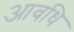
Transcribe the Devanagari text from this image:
आवधि